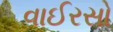
વાઈરસો